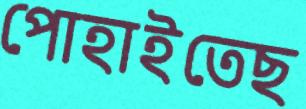
পোহাইতেছ